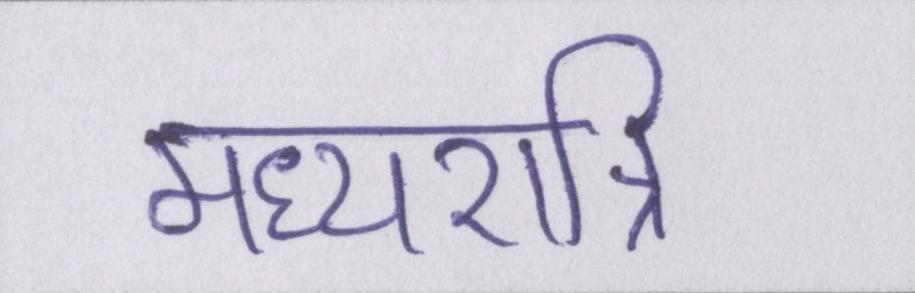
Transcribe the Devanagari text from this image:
मध्यरात्रि